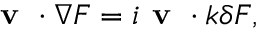
{ \textbf { v } } \boldsymbol { \cdot } \nabla F = i { \textbf { v } \boldsymbol { \cdot } \boldsymbol { k } } \delta F ,